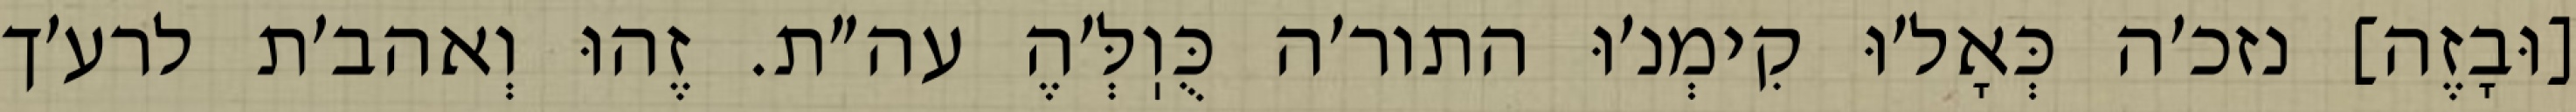
[וּבָזֶה] נזכ׳ה כְּאָל׳וּ קִימְנ׳וּ התור׳ה כֻּוֽלְּ׳הֶ עה״ת. זֶהוּ וְאהב׳ת לרע׳ך